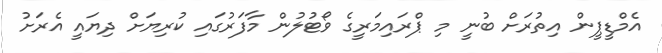
އެމްޑީޕީން އިތުރަށް ބުނީ މި ޕްރައިމަރީގެ ވޯޓުލުން މާފަރުގައި ކުރިޔަށް ދިޔައީ އެރަށު